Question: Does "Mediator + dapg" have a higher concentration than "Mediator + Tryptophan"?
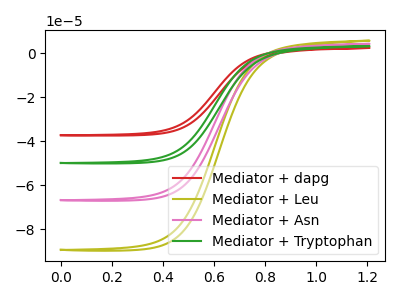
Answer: <think>The red curve "Mediator + dapg" has no peaks. The olive curve "Mediator + Leu" has no peaks. The pink curve "Mediator + Asn" has no peaks. The green curve "Mediator + Tryptophan" has no peaks.
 Neither "Mediator + dapg" or "Mediator + Tryptophan" have any peaks.</think>
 <answer>I cant tell if "Mediator + dapg" or "Mediator + Tryptophan" has higher concentration.</answer>
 <eval>mixed_concentration</eval>